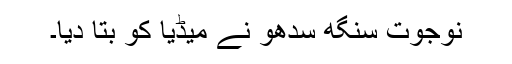
نوجوت سنگھ سدھو نے میڈیا کو بتا دیا۔